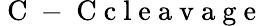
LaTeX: \mathrm{~C~-~C~c~l~e~a~v~a~g~e~}